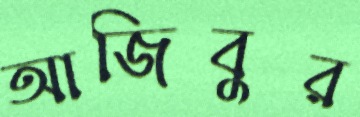
আজিবুর